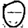
Digit: 0